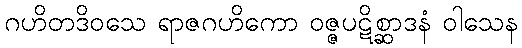
ဂဟိတဒိဝသေ ရာဇဂဟိကော ဝဇ္ဇပဋိစ္ဆာဒနံ ဝါသေန